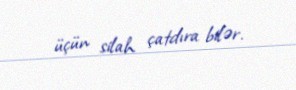
üçün silah çatdıra bilər.